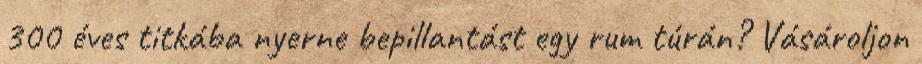
300 éves titkába nyerne bepillantást egy rum túrán? Vásároljon